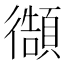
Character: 𭜊